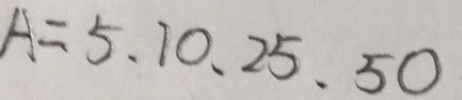
A = 5 、 1 0 、 2 5 、 5 0